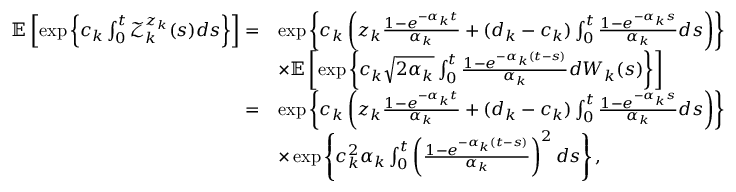
\begin{array} { r l } { \mathbb { E } \left[ \exp \left\{ c _ { k } \int _ { 0 } ^ { t } \mathcal { Z } _ { k } ^ { z _ { k } } ( s ) d s \right\} \right] = } & { \exp \left\{ c _ { k } \left( z _ { k } \frac { 1 - e ^ { - \alpha _ { k } t } } { \alpha _ { k } } + ( d _ { k } - c _ { k } ) \int _ { 0 } ^ { t } \frac { 1 - e ^ { - \alpha _ { k } s } } { \alpha _ { k } } d s \right) \right\} } \\ & { \times \mathbb { E } \left[ \exp \left\{ c _ { k } \sqrt { 2 \alpha _ { k } } \int _ { 0 } ^ { t } \frac { 1 - e ^ { - \alpha _ { k } ( t - s ) } } { \alpha _ { k } } d W _ { k } ( s ) \right\} \right] } \\ { = } & { \exp \left\{ c _ { k } \left( z _ { k } \frac { 1 - e ^ { - \alpha _ { k } t } } { \alpha _ { k } } + ( d _ { k } - c _ { k } ) \int _ { 0 } ^ { t } \frac { 1 - e ^ { - \alpha _ { k } s } } { \alpha _ { k } } d s \right) \right\} } \\ & { \times \exp \left\{ c _ { k } ^ { 2 } \alpha _ { k } \int _ { 0 } ^ { t } \left( \frac { 1 - e ^ { - \alpha _ { k } ( t - s ) } } { \alpha _ { k } } \right) ^ { 2 } d s \right\} , } \end{array}